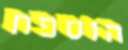
הוספת